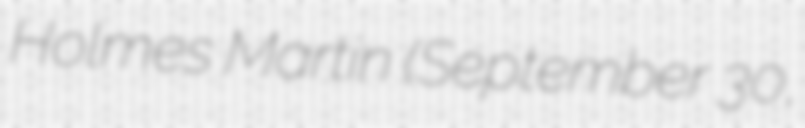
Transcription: Holmes Martin (September 30,